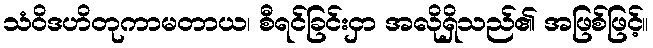
သံဝိဒဟိတုကာမတာယ၊ စီရင်ခြင်းငှာ အလိုရှိသည်၏ အဖြစ်ဖြင့်။